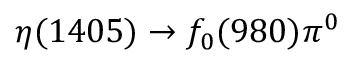
\eta ( 1 4 0 5 ) \to f _ { 0 } ( 9 8 0 ) \pi ^ { 0 }